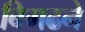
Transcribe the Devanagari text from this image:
बिगढने